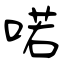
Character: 喏